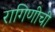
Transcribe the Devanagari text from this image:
रागिणीची